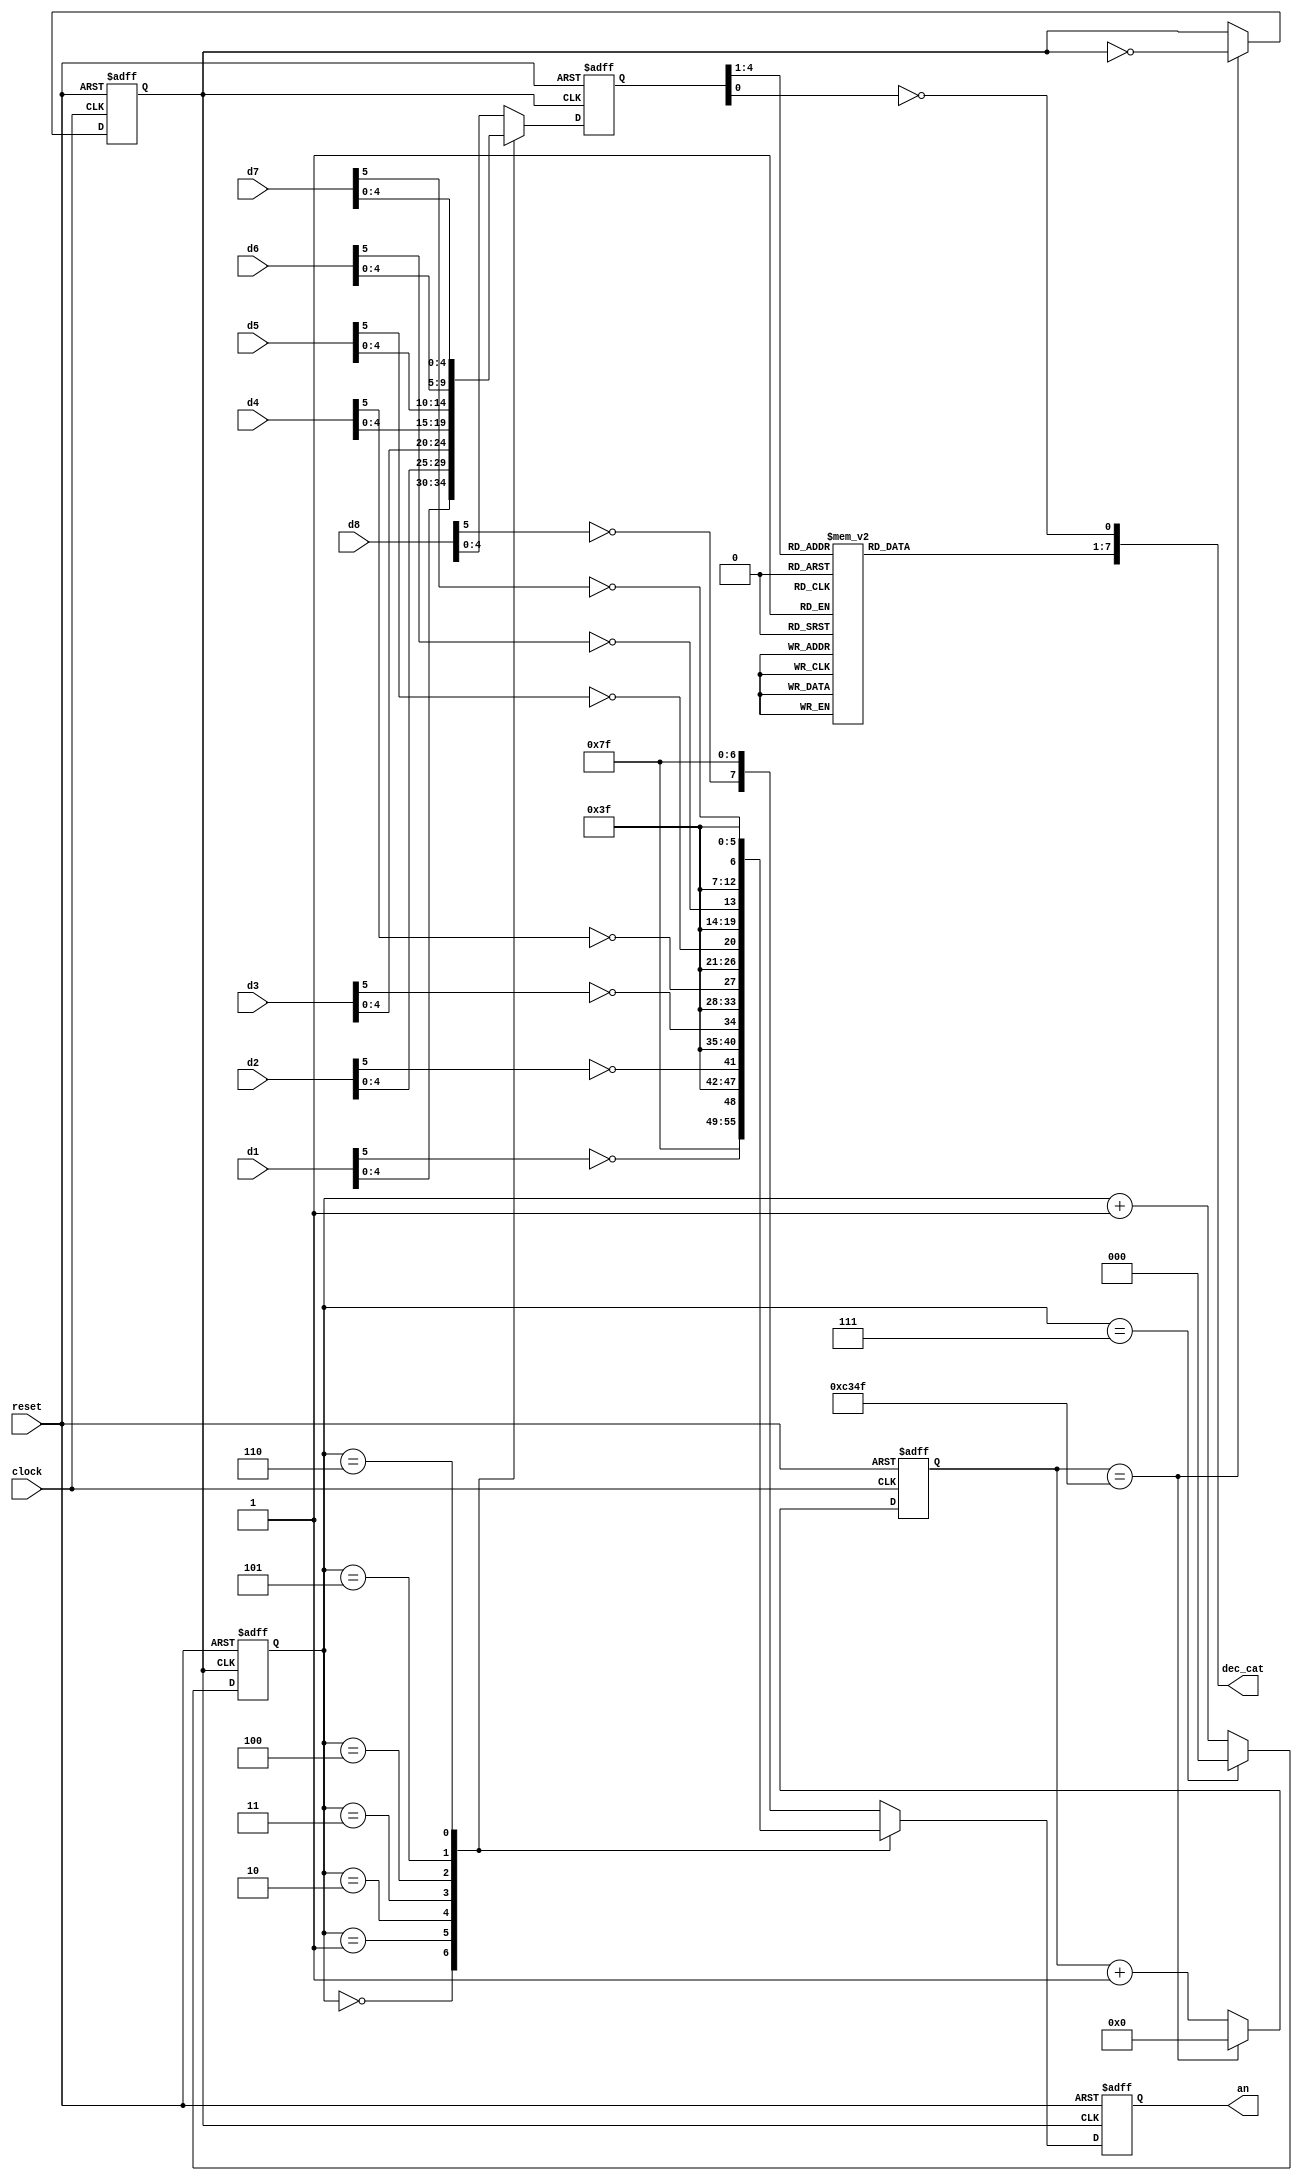
module dspl_drv_NexysA7 
#(parameter HALF_MS_COUNT = 50000)
(
  input clock, reset,
  input [5:0] d1, d2, d3, d4, d5, d6, d7, d8,
  output reg [7:0] an, dec_cat
);

  reg ck_1KHz;
  reg [2:0] dig_selection;
  reg [4:0] selected_dig;
  reg [31:0] count_50K;

  // 1KHz clock generation
  always @(posedge clock or posedge reset)
  begin
    if (reset == 1'b1) begin
      ck_1KHz   <= 1'b0;
      count_50K <= 32'd0;
    end
    else begin
      if (count_50K == HALF_MS_COUNT-1) begin
        ck_1KHz   <= ~ck_1KHz;
        count_50K <= 32'd0;
      end
      else begin
        count_50K <= count_50K + 1;
      end
    end
  end

  // 1KHz counter to select digit and register output
  always @(posedge ck_1KHz or posedge reset)
  begin
    if (reset == 1'b1) begin
      dig_selection <= 3'd0;
      selected_dig  <= 5'd0;
      an            <= 8'b11111111; // Disable all displays
    end
    else begin
      // a 3-bit binary counter
      if (dig_selection == 3'b111) begin
        dig_selection <= 3'd0;
      end
      else begin
        dig_selection <= dig_selection + 1;
      end
      
      case (dig_selection)
        3'd0 : begin
          selected_dig <= d1[4:0];
          an <= {7'b1111111, ~d1[5]};
        end
        3'd1 : begin
          selected_dig <= d2[4:0];
          an <= {6'b111111, ~d2[5], 1'b1};
        end
        3'd2 : begin
          selected_dig <= d3[4:0];
          an <= {5'b11111, ~d3[5], 2'b11};
        end
        3'd3 : begin
          selected_dig <= d4[4:0];
          an <= {4'b1111, ~d4[5], 3'b111};
        end
        3'd4 : begin
          selected_dig <= d5[4:0];
          an <= {3'b111, ~d5[5], 4'b1111};
        end
        3'd5 : begin
          selected_dig <= d6[4:0];
          an <= {2'b11, ~d6[5], 5'b11111};
        end
        3'd6 : begin
          selected_dig <= d7[4:0];
          an <= {1'b1, ~d7[5], 6'b111111};
        end
        default : begin
          selected_dig <= d8[4:0];
          an <= {~d8[5], 7'b1111111};
        end
      endcase
    end
  end

  // digit 4-to-hex decoder
  always @*
  begin
    case (selected_dig[4:1])
      4'h0 : dec_cat[7:1] = 7'b0000001;
      4'h1 : dec_cat[7:1] = 7'b1001111;
      4'h2 : dec_cat[7:1] = 7'b0010010;
      4'h3 : dec_cat[7:1] = 7'b0000110;
      4'h4 : dec_cat[7:1] = 7'b1001100;
      4'h5 : dec_cat[7:1] = 7'b0100100;
      4'h6 : dec_cat[7:1] = 7'b0100000;
      4'h7 : dec_cat[7:1] = 7'b0001111;
      4'h8 : dec_cat[7:1] = 7'b0000000;
      4'h9 : dec_cat[7:1] = 7'b0000100;
      4'hA : dec_cat[7:1] = 7'b0001000;
      4'hB : dec_cat[7:1] = 7'b1100000;
      4'hC : dec_cat[7:1] = 7'b0110001;
      4'hD : dec_cat[7:1] = 7'b1000010;
      4'hE : dec_cat[7:1] = 7'b0110000;
      default : dec_cat[7:1] = 7'b0111000;
    endcase
    dec_cat[0] = ~selected_dig[0];
  end

endmodule